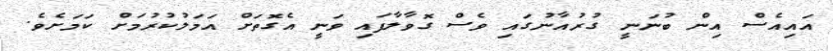
އައިއެސް އިން ބުނަނީ ގުރުއާނުގައި ވެސް ގޮވާލާފައި ވަނީ އެގޮތަށް އަމަލުކުރުމަށް ކަމަށެވެ.